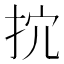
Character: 抭